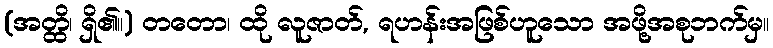
(အတ္ထိ၊ ရှိ၏။) တတော၊ ထို လူဇာတ်, ရဟန်းအဖြစ်ဟူသော အဖို့အစုဘက်မှ။